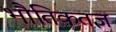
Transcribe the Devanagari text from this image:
भौतिकतज्ञ